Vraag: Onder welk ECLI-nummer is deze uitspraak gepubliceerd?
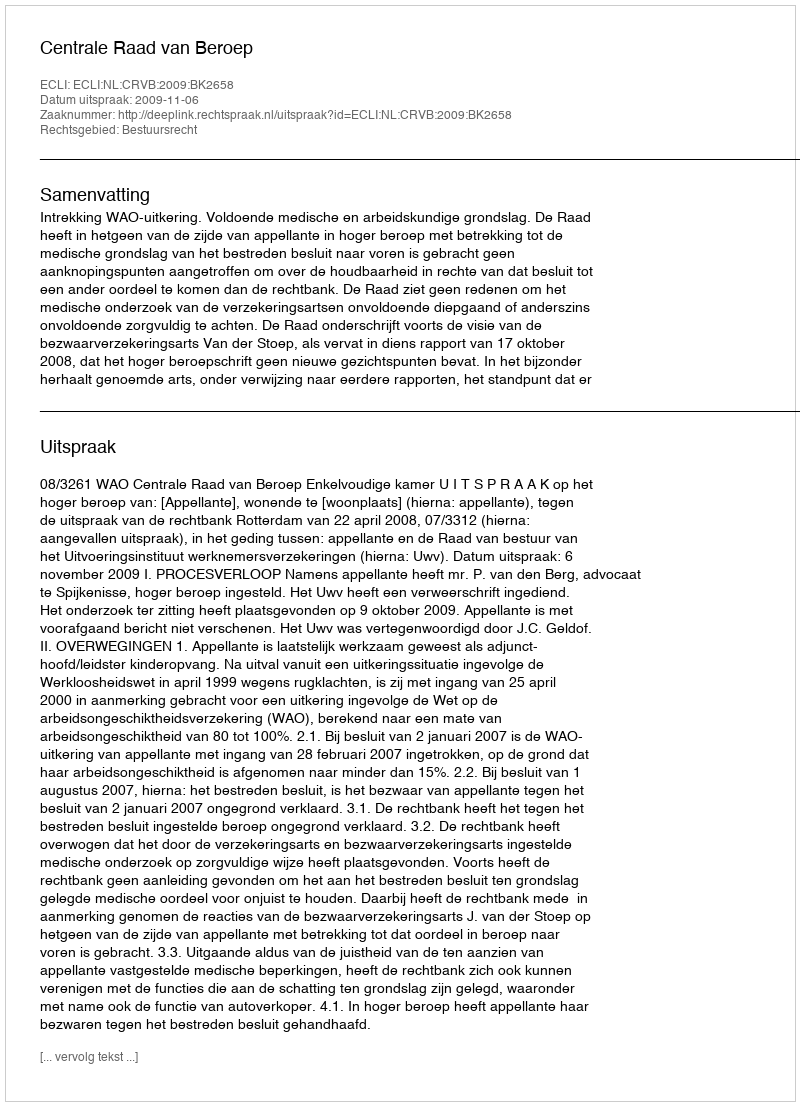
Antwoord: ECLI:NL:CRVB:2009:BK2658